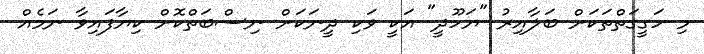
މި ހަގީގަތްތަކަށް ބަލާއިރު "ޔަހޫދީ" އަކީ ވަކި ދީނަކަށް ނިސްބަތްކޮށް ކިޔާފައިވާ ނަމެއް